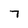
Character: 7